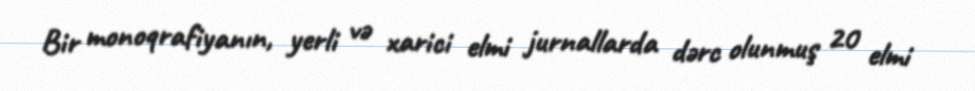
Bir monoqrafiyanın, yerli və xarici elmi jurnallarda dərc olunmuş 20 elmi